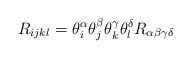
LaTeX: \begin{align*}R_{ijkl}=\theta^{\alpha}_{i}\theta^{\beta}_{j}\theta^{\gamma}_{k}\theta^{\delta}_{l} R_{\alpha\beta\gamma\delta}\end{align*}